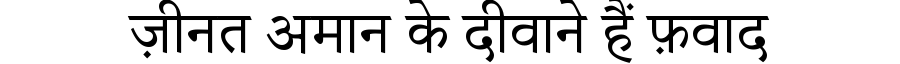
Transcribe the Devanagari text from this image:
ज़ीनत अमान के दीवाने हैं फ़वाद